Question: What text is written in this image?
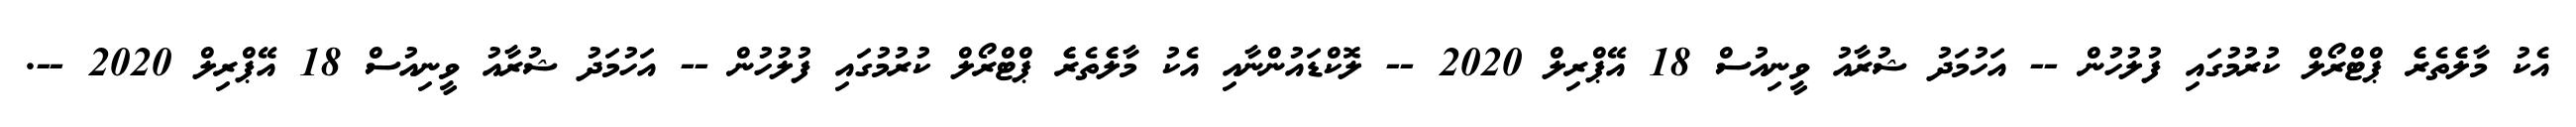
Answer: އެކު މާލެެތެރެެ ޕްޓްރޯލް ކުރުމުގައި ފުލުހުން -- އަހުމަދު ޝުރާއު ވީނިއުސް 18 އޭޕްރިލް 2020 -- ލޮކްޑައުންނާއި އެކު މާލެެތެރެެ ޕްޓްރޯލް ކުރުމުގައި ފުލުހުން -- އަހުމަދު ޝުރާއު ވީނިއުސް 18 އޭޕްރިލް 2020 --.